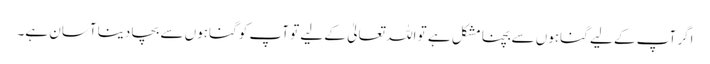
اگر آپ کے لیے گناہوں سے بچنا مشکل ہے تو اللہ تعالیٰ کے لیے تو آپ کو گناہوں سے بچا دینا آسان ہے۔